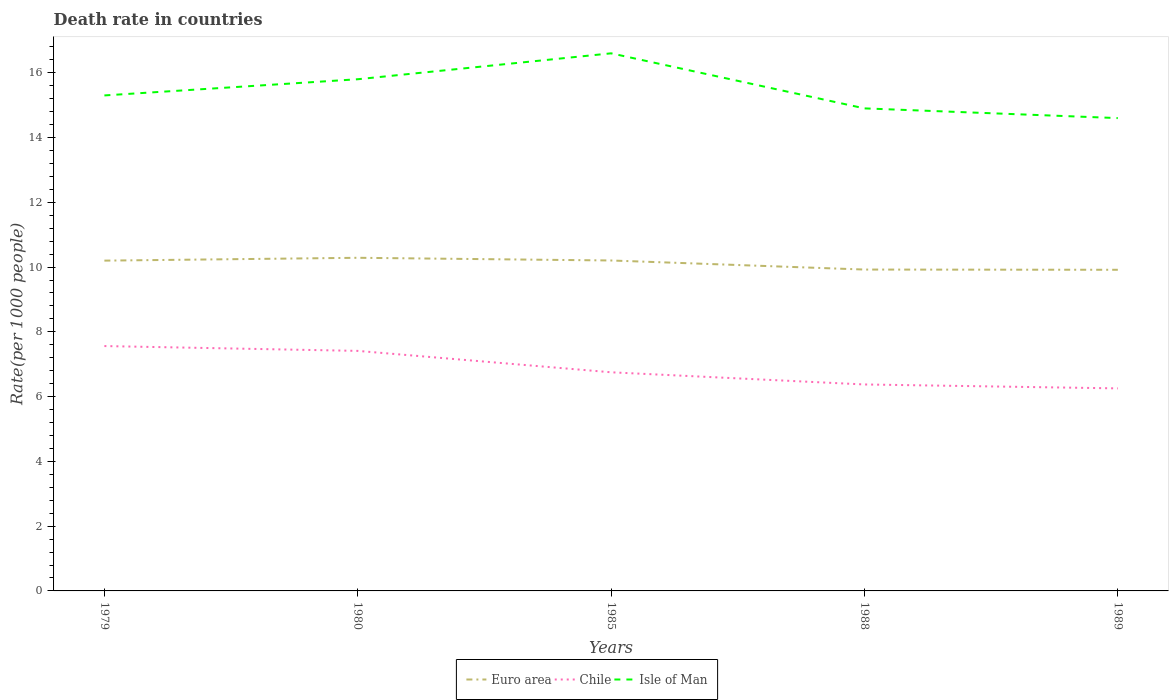
| Years | Euro area | Chile | Isle of Man |
 | --- | --- | --- | --- |
 | 1979 | 10.2 | 7.56 | 15.3 |
 | 1980 | 10.3 | 7.41 | 15.8 |
 | 1985 | 10.2 | 6.75 | 16.6 |
 | 1988 | 9.92 | 6.38 | 14.9 |
 | 1989 | 9.92 | 6.25 | 14.6 |